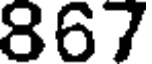
867